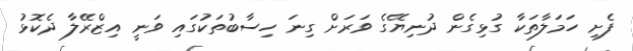
ފެށި ހަމަލާތަކާ ގުޅިގެން ދުނިޔޭގެ ވަރަށް ގިނަ ހިސާބުތަކުގައި ވަނީ އިޒްރޭލާ ދެކޮޅު